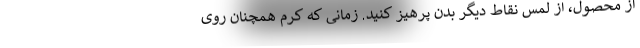
از محصول، از لمس نقاط دیگر بدن پرهیز کنید. زمانی که کرم همچنان روی